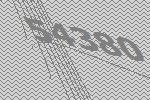
54380